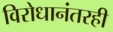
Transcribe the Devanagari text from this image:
विरोधानंतरही